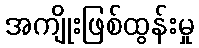
အကျိုးဖြစ်ထွန်းမှု